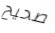
صحيح